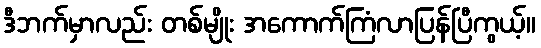
ဒီဘက်မှာလည်း တစ်မျိုး အကောက်ကြံလာပြန်ပြီကွယ့်။